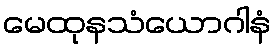
မေထုနသံယောဂါနံ